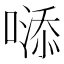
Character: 𠻹